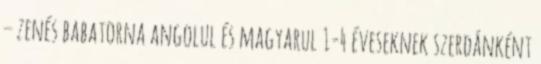
– zenés babatorna angolul és magyarul 1-4 éveseknek szerdánként